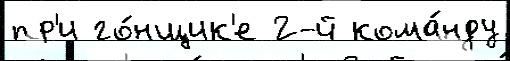
пр'и го́нщик'е 2-й кома́нду